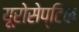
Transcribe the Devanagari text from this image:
यूरोसेप्टिक